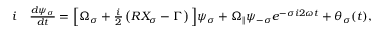
\begin{array} { r l } { i } & { { } \frac { d \psi _ { \sigma } } { d t } = \Big [ \Omega _ { \sigma } + \frac { i } { 2 } \left( R X _ { \sigma } - \Gamma \right) \Big ] \psi _ { \sigma } + \Omega _ { \parallel } \psi _ { - \sigma } e ^ { - \sigma i 2 \omega t } + \theta _ { \sigma } ( t ) , } \end{array}